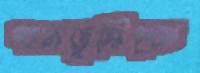
বনভূমিকে